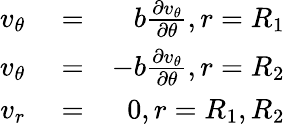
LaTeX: \begin{array}{rlr}{v_{\theta}}&{{}=}&{b\frac{\partial v_{\theta}}{\partial\theta},r=R_{1}}\\ {v_{\theta}}&{{}=}&{-b\frac{\partial v_{\theta}}{\partial\theta},r=R_{2}}\\ {v_{r}}&{{}=}&{0,r=R_{1},R_{2}}\end{array}